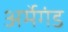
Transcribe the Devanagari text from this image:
अर्मेगंड